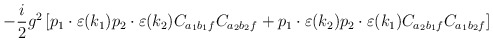
\begin{align*}- \frac{i}{2}g^{2} \left[p_{1} \cdot \varepsilon (k_{1}) p_{2} \cdot \varepsilon(k_{2}) C_{a_{1}b_{1}f} C_{a_{2}b_{2}f} + p_{1} \cdot \varepsilon (k_{2}) p_{2} \cdot \varepsilon(k_{1}) C_{a_{2}b_{1}f} C_{a_{1}b_{2}f} \right]\\\end{align*}